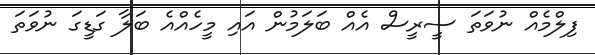
ފިލްމެއް ނުވަތަ ސީރީސް އެއް ބަލަމުން އައި މީހެއްއެ ބަލާ ގަޑީގަ ނުވަތަ